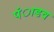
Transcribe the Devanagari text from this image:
पंाडव